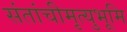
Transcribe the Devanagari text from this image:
संतांचीमृत्युभूमि